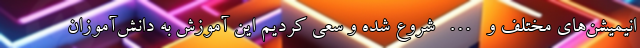
انیمیشن‌های مختلف و … شروع شده و سعی کردیم این آموزش به دانش‌آموزان